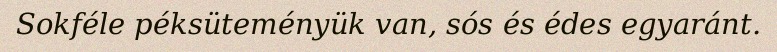
Sokféle péksüteményük van, sós és édes egyaránt.